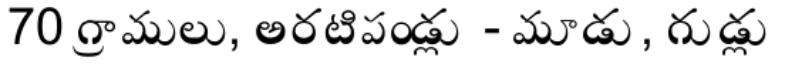
70 గ్రాములు, అరటిపండ్లు - మూడు, గుడ్లు